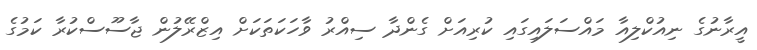
އީރާނުގެ ނިއުކްލިއާ މައްސަލައިގައި ކުރިއަށް ގެންދާ ސިއްރު ވާހަކަތަކަށް އިޒްރޭލުން ޖާސޫސްކުރާ ކަމުގެ